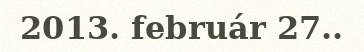
2013. február 27..